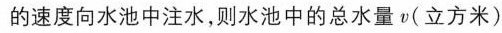
现在以每分钟16立方米的速度向水池中注水，则水池中的总水量v(立方米)